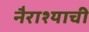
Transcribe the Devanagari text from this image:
नैराश्याची